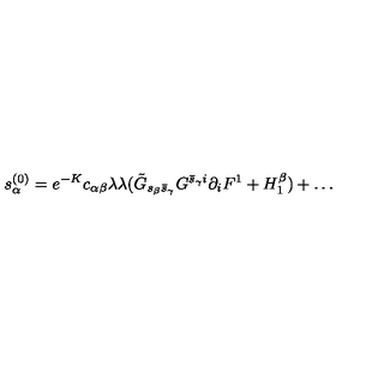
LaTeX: s _ { \alpha } ^ { ( 0 ) } = e ^ { - K } c _ { \alpha \beta } \lambda \lambda ( \tilde { G } _ { s _ { \beta } \bar { s } _ { \gamma } } G ^ { \bar { s } _ { \gamma } i } \partial _ { i } F ^ { 1 } + H _ { 1 } ^ { \beta } ) + \dots